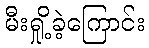
မီးရှို့ခဲ့ကြောင်း